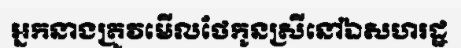
អ្នកនាងត្រូវមើលថែកូនស្រីនៅឯសហរដ្ឋ